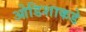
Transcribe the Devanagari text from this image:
ओडिशाकडे